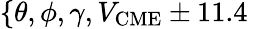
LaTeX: \{ \theta,\phi,\gamma,V_{\mathrm{CME}}\pm 11.4\